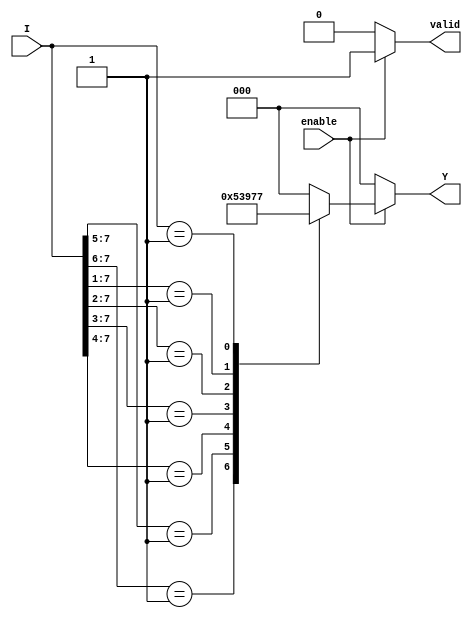
module encoder_8to3 (
    input wire [7:0] I,      // 8 input lines
    input wire enable,       // Enable signal
    output reg [2:0] Y,      // 3 output lines
    output reg valid         // Indicates valid output
);

    always @(*) begin
        if (!enable) begin
            Y = 3'b000;       // Forced state when enable is low
            valid = 1'b0;     // Output not valid
        end else begin
            valid = 1'b1;     // Output is valid
            casez (I)
                8'b1??????? : Y = 3'd0; // I[0] active
                8'b01?????? : Y = 3'd1; // I[1] active
                8'b001????? : Y = 3'd2; // I[2] active
                8'b0001???? : Y = 3'd3; // I[3] active
                8'b00001??? : Y = 3'd4; // I[4] active
                8'b000001?? : Y = 3'd5; // I[5] active
                8'b0000001? : Y = 3'd6; // I[6] active
                8'b00000001 : Y = 3'd7; // I[7] active
                default     : Y = 3'b000; // Default case (no input active)
            endcase
        end
    end

endmodule